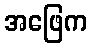
အဖြေက